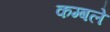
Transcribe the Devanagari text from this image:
कम्बले